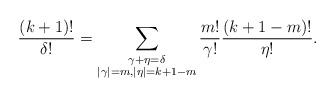
LaTeX: \begin{align*} \frac{(k+1)!}{\delta!} = \sum_{\substack{\gamma+\eta = \delta \\ |\gamma|=m, |\eta|=k+1-m}} \frac{m!}{\gamma!} \frac{(k+1-m)!}{\eta!}.\end{align*}